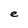
Character: e